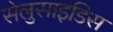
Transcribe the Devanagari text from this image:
सेलुसाइडिस